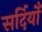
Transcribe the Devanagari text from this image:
सर्दियोँ